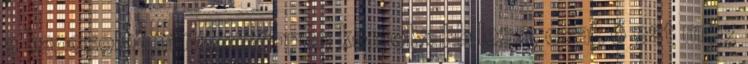
a kapcsolat mindenképpen komolyabb lesz, csak ő ezt még